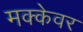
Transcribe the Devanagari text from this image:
मक्केवर